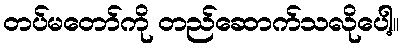
တပ်မတော်ကို တည်ဆောက်သလိုပေါ့။